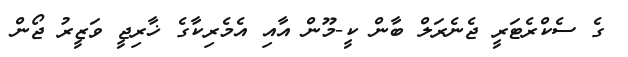
ގެ ސެކްރެޓަރީ ޖެނެރަލް ބާން ކީ-މޫން އާއި އެމެރިކާގެ ޚާރިޖީ ވަޒީރު ޖޯން